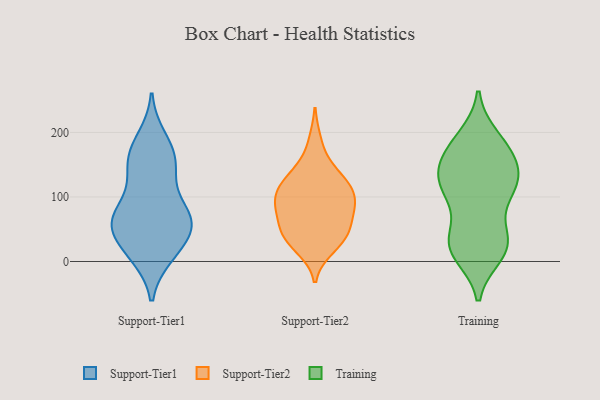
{"axis": {"x": "Shipments", "y": "Value"}, "legend": ["Support-Tier1", "Support-Tier2", "Training"], "data": [{"x": "", "y": 69, "type": "Support-Tier1"}, {"x": "", "y": 128, "type": "Support-Tier1"}, {"x": "", "y": 76, "type": "Support-Tier1"}, {"x": "", "y": 63, "type": "Support-Tier1"}, {"x": "", "y": 14, "type": "Support-Tier1"}, {"x": "", "y": 190, "type": "Support-Tier1"}, {"x": "", "y": 51, "type": "Support-Tier1"}, {"x": "", "y": 62, "type": "Support-Tier1"}, {"x": "", "y": 10, "type": "Support-Tier1"}, {"x": "", "y": 160, "type": "Support-Tier1"}, {"x": "", "y": 16, "type": "Support-Tier1"}, {"x": "", "y": 76, "type": "Support-Tier1"}, {"x": "", "y": 65, "type": "Support-Tier1"}, {"x": "", "y": 41, "type": "Support-Tier1"}, {"x": "", "y": 174, "type": "Support-Tier1"}, {"x": "", "y": 156, "type": "Support-Tier1"}, {"x": "", "y": 140, "type": "Support-Tier1"}, {"x": "", "y": 99, "type": "Support-Tier2"}, {"x": "", "y": 69, "type": "Support-Tier2"}, {"x": "", "y": 92, "type": "Support-Tier2"}, {"x": "", "y": 136, "type": "Support-Tier2"}, {"x": "", "y": 38, "type": "Support-Tier2"}, {"x": "", "y": 21, "type": "Support-Tier2"}, {"x": "", "y": 109, "type": "Support-Tier2"}, {"x": "", "y": 120, "type": "Support-Tier2"}, {"x": "", "y": 85, "type": "Support-Tier2"}, {"x": "", "y": 185, "type": "Support-Tier2"}, {"x": "", "y": 52, "type": "Support-Tier2"}, {"x": "", "y": 98, "type": "Support-Tier2"}, {"x": "", "y": 38, "type": "Support-Tier2"}, {"x": "", "y": 121, "type": "Support-Tier2"}, {"x": "", "y": 50, "type": "Support-Tier2"}, {"x": "", "y": 29, "type": "Support-Tier2"}, {"x": "", "y": 142, "type": "Support-Tier2"}, {"x": "", "y": 79, "type": "Support-Tier2"}, {"x": "", "y": 25, "type": "Training"}, {"x": "", "y": 12, "type": "Training"}, {"x": "", "y": 113, "type": "Training"}, {"x": "", "y": 177, "type": "Training"}, {"x": "", "y": 109, "type": "Training"}, {"x": "", "y": 165, "type": "Training"}, {"x": "", "y": 163, "type": "Training"}, {"x": "", "y": 191, "type": "Training"}, {"x": "", "y": 41, "type": "Training"}, {"x": "", "y": 110, "type": "Training"}, {"x": "", "y": 23, "type": "Training"}, {"x": "", "y": 123, "type": "Training"}, {"x": "", "y": 109, "type": "Training"}, {"x": "", "y": 24, "type": "Training"}, {"x": "", "y": 139, "type": "Training"}, {"x": "", "y": 184, "type": "Training"}, {"x": "", "y": 21, "type": "Training"}, {"x": "", "y": 147, "type": "Training"}, {"x": "", "y": 37, "type": "Training"}, {"x": "", "y": 122, "type": "Training"}]}